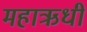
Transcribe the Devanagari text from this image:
महाऋधी